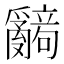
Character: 𬋹